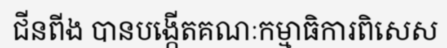
ជីនពីង បានបង្កើតគណៈកម្មាធិការពិសេស